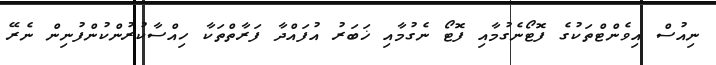
ނިއުސް އިވެންޓްތަކުގެ ފޮޓޯނެގުމާއި ފޮޓޯ ނެގުމާއި ޚަބަރު އުފައްދާ ފަރާތްތަކާ ހިއްސާކުރުންކުންފުނިން ނެރޭ